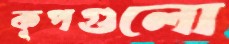
কূপগুলো